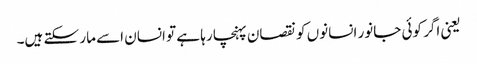
یعنی اگر کوئی جانور انسانوں کو نقصان پہنچا رہا ہے تو انسان اسے مار سکتے ہیں۔